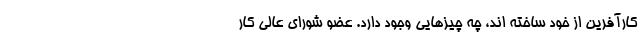
کارآفرین از خود ساخته اند، چه چیزهایی وجود دارد. عضو شورای عالی کار